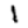
Digit: 1